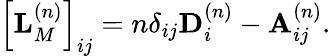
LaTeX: \begin{array}{r}{\left[\mathbf{L}_{M}^{\left(n\right)}\right]_{ij}=n\delta_{ij}\mathbf{D}_{i}^{\left(n\right)}-\mathbf{A}_{ij}^{\left(n\right)}.}\end{array}